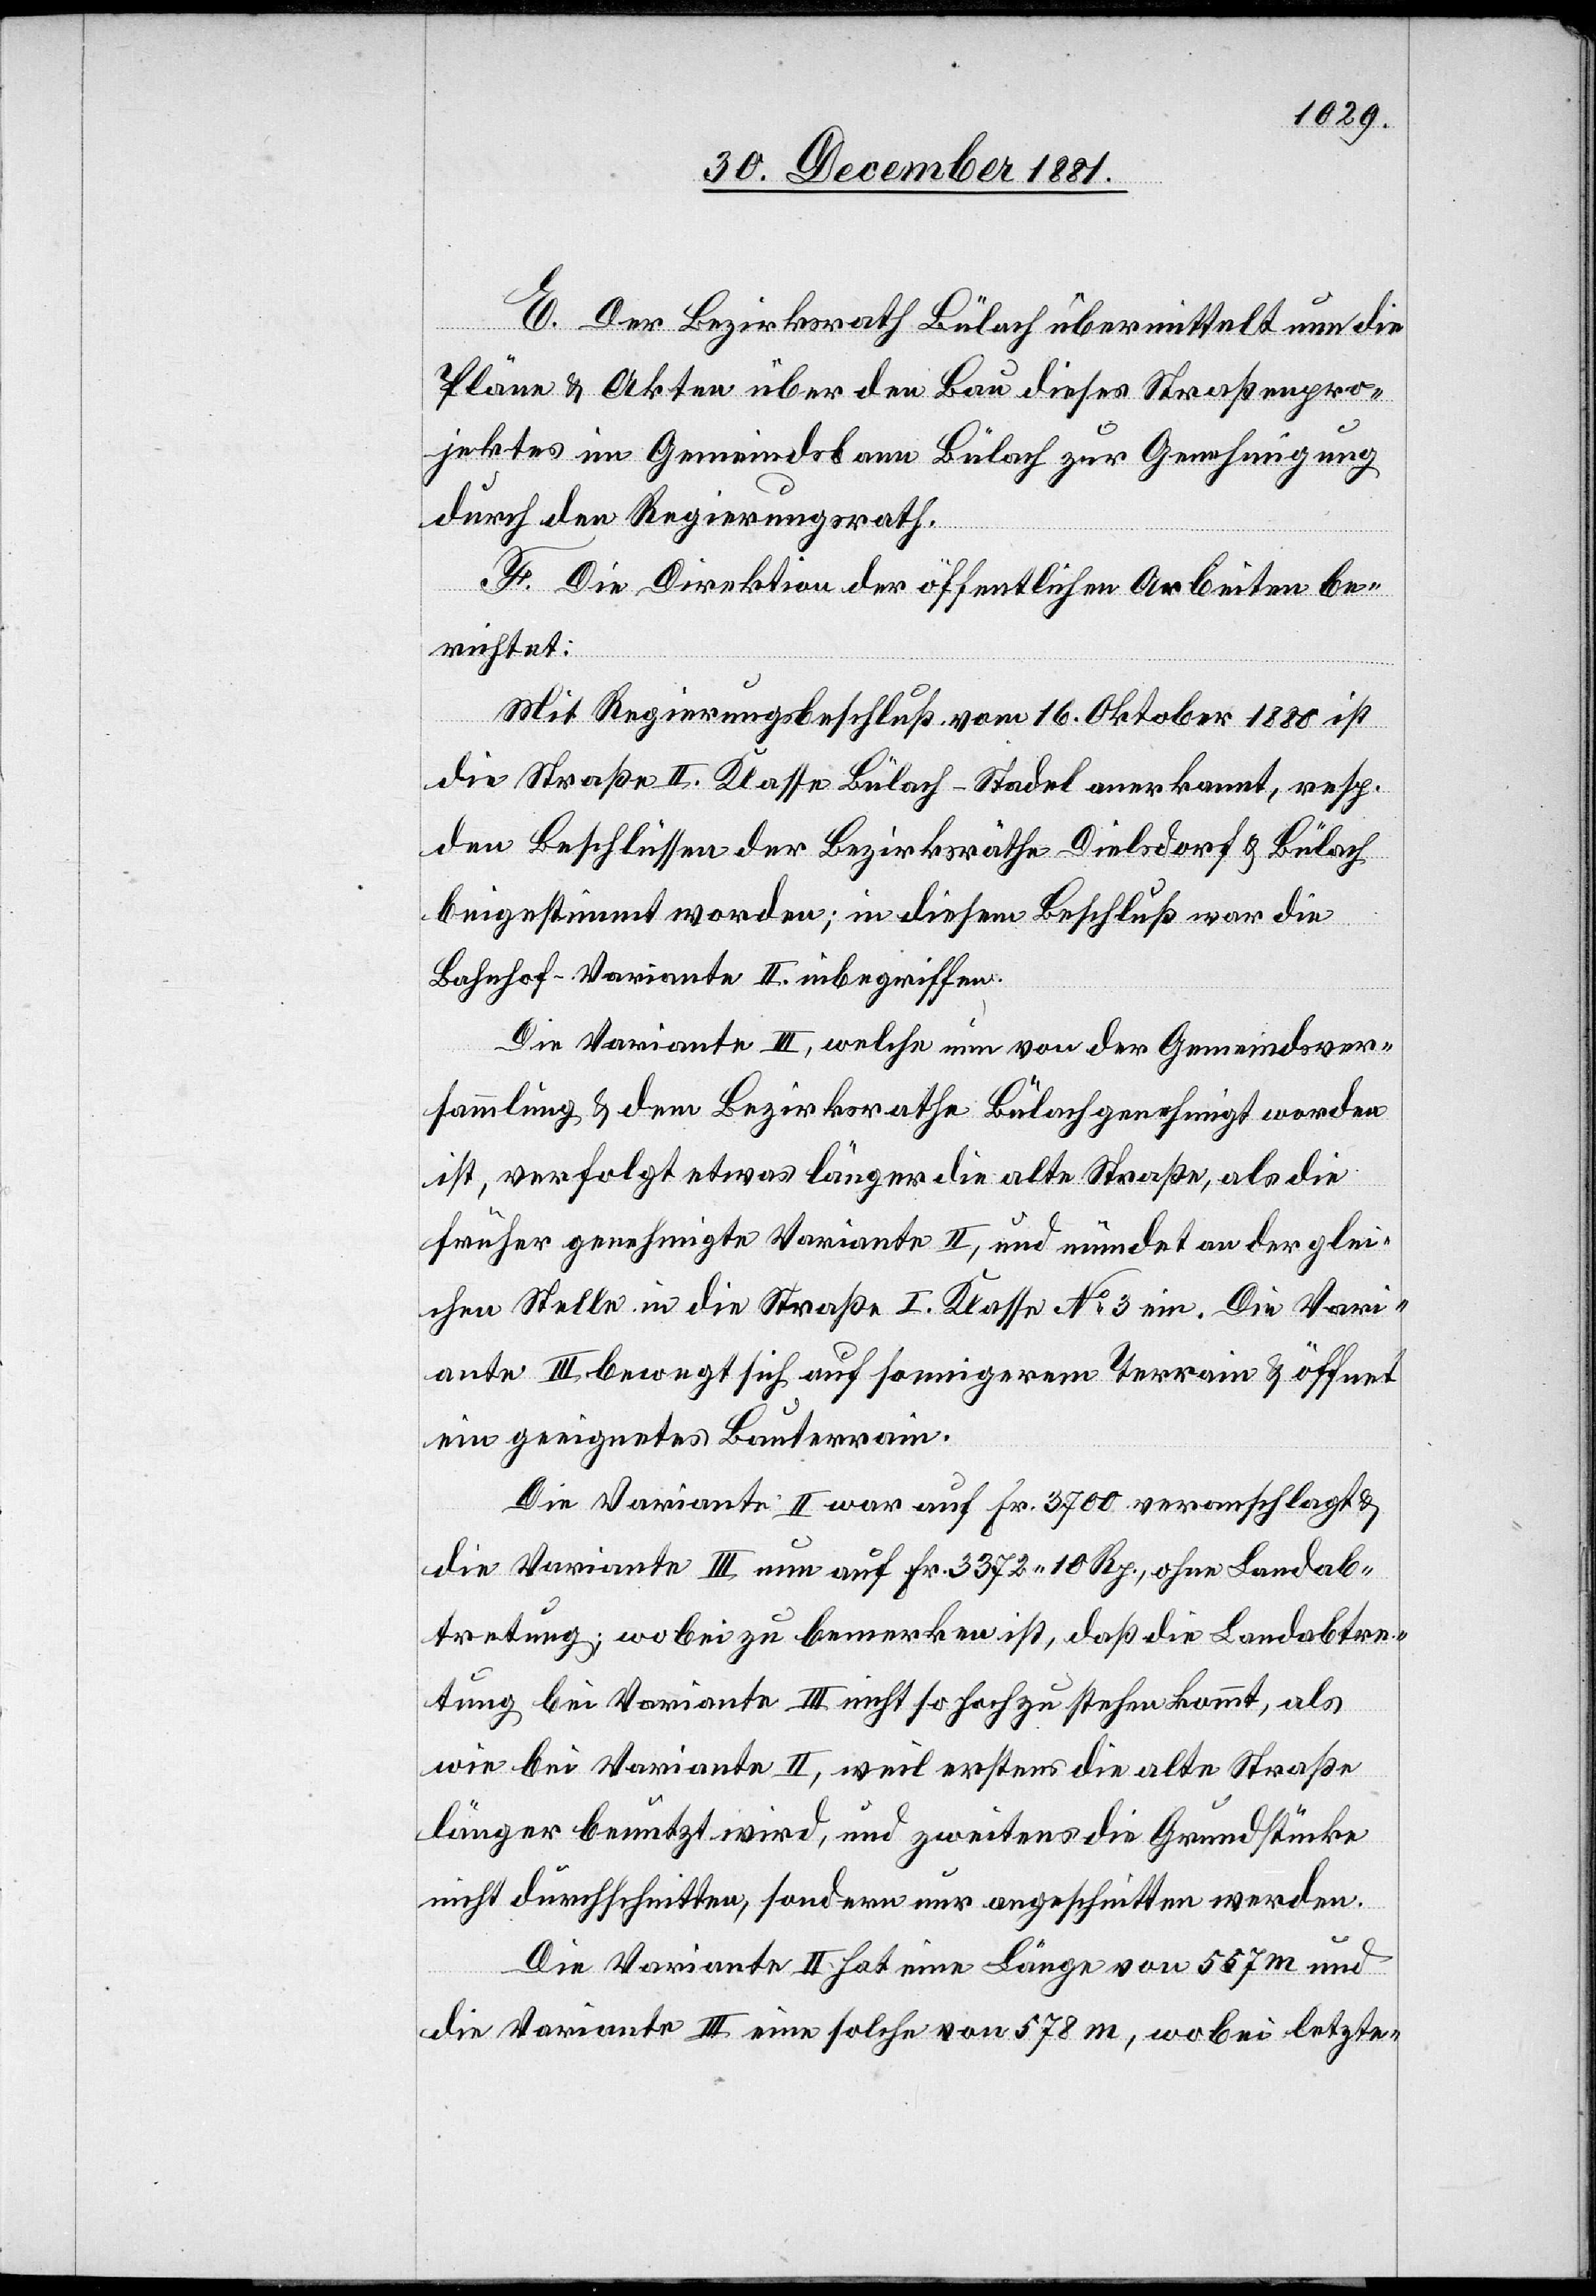
E. Der Bezirksrath Bülach übermittelt nun die
Pläne & Akten über den Bau dieses Straßenpro¬
jektes im Gemeindsbann Bülach zur Genehmigung
durch den Regierungsrath.
F. Die Direktion der öffentlichen Arbeiten be¬
richtet:
Mit Regierungsbeschluß vom 16. Oktober 1880 ist
die Straße II. Klasse Bülach–Stadel anerkannt, resp.
den Beschlüssen der Bezirksräthe Dielsdorf & Bülach
beigestimmt worden; in diesem Beschluß war die
Bahnhof-Variante II. inbegriffen.
Die Variante III, welche nun von der Gemeindsver¬
sammlung & dem Bezirksrathe Bülach genehmigt worden
ist, verfolgt etwas länger die alte Straße, als die
früher genehmigte Variante II, und mündet an der glei¬
chen Stelle in die Straße I. Klasse No 3 ein. Die Vari¬
ante III bewegt sich auf sonnigerem Terrain & öffnet
ein geeignetes Bauterrain.
Die Variante II war auf Fr. 3700 veranschlagt &
die Variante III nun auf Fr. 3372. 10 Rp., ohne Landab¬
tretung; wobei zu bemerken ist, daß die Landabtre¬
tung bei Variante III nicht so hoch zu stehen kommt, als
wie bei Variante II, weil erstens die alte Straße
länger benutzt wird, und zweitens die Grundstücke
nicht durchschnitten, sondern nur angeschnitten werden.
Die Variante II hat eine Länge von 557 m und
die Variante III eine solche von 578 m, wobei letzte-